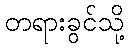
တရားခွင်သို့